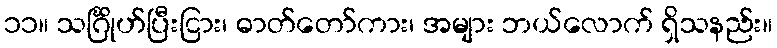
၁၁။ သင်္ဂြိုဟ်ပြီးငြား၊ ဓာတ်တော်ကား၊ အများ ဘယ်လောက် ရှိသနည်း။